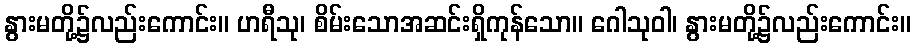
နွားမတို့၌လည်းကောင်း။ ဟရီသု၊ စိမ်းသောအဆင်းရှိကုန်သော။ ဂေါသုဝါ၊ နွားမတို့၌လည်းကောင်း။